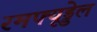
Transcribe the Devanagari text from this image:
रमफ्यूड्डेल